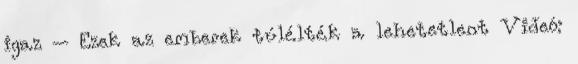
igaz – Ezek az emberek túlélték a lehetetlent Videó: